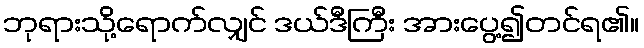
ဘုရားသို့ရောက်လျှင် ဒယ်ဒီကြီး အားပွေ့၍တင်ရ၏။